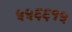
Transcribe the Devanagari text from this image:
५५६६१५